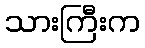
သားကြီးက